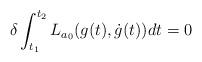
LaTeX: \begin{gather*}\delta\int_{t_1}^{t_2}L_{a_0}(g(t),\dot{g}(t))dt=0\end{gather*}